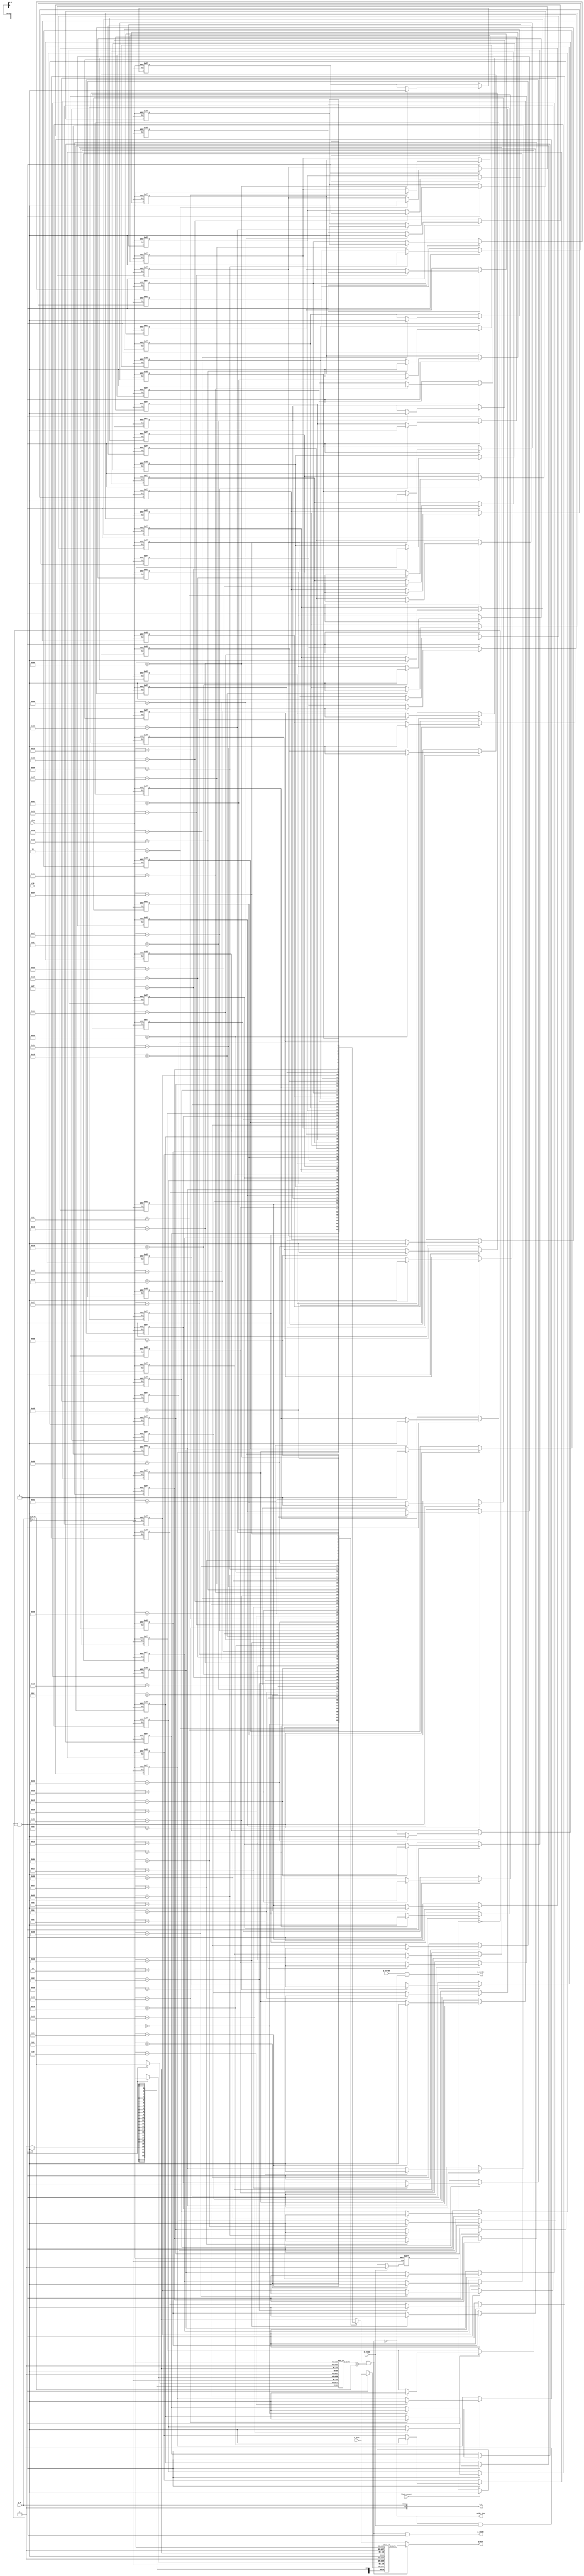
module i_cache #(parameter A_WIDTH = 32, parameter C_INDEX = 6)
(
    input [A_WIDTH-1:0] p_a,
    output [31:0] p_din,
    input p_strobe,
    output p_ready,
    output cache_miss,
    input flush_except,
    input clk,clrn,

    output [A_WIDTH:0] m_a,
    input [31:0] m_dout,
    output m_strobe,
    input m_ready
);
localparam T_WIDTH = A_WIDTH - C_INDEX - 2;

reg d_valid[0: (1<<C_INDEX)-1];
reg [T_WIDTH-1:0] d_tags[0: (1<<C_INDEX)-1];
reg [31:0] d_data[0:(1<<C_INDEX)-1];
wire [C_INDEX-1:0] index = p_a[C_INDEX+1:2];
wire [T_WIDTH-1:0] tag = p_a[A_WIDTH-1: C_INDEX+2];
reg keep_flush;

//write to cache
integer i;
always@(posedge clk or negedge clrn)
    if(clrn == 0 ) begin
        for(i = 0; i < (1<<C_INDEX); i=i+1)
            d_valid[i]<=1'b0;
    end else if(c_write & ~keep_flush)
        d_valid[index] <= 1'b1;
        
always@(posedge clk)
    if(c_write & ~keep_flush) begin
        d_tags[index] <= tag;
        d_data[index] <= c_din;
    end

//让例外信号一直持续到指令读出来，立即读下一条指令
always @(posedge clk or negedge clrn) begin
        if (~clrn)
            keep_flush <= 1'b0;
        else if(m_ready)
            keep_flush <= 1'b0;
        else if (flush_except)
            keep_flush <= 1'b1;
    end

//read from cache
wire valid = d_valid[index];
wire [T_WIDTH-1:0] tagout = d_tags[index];
wire [31:0] c_dout = d_data[index];
//cache control
wire cache_hit = valid & (tagout == tag);//hit
assign cache_miss = ~cache_hit;
assign m_a = p_a;
assign m_strobe = p_strobe & cache_miss;//read on miss
assign p_ready = cache_hit | cache_miss & m_ready & ~keep_flush;
wire c_write = cache_miss & m_ready;
wire sel_out = cache_hit;
wire [31:0] c_din = m_dout;
assign p_din = sel_out ? c_dout : m_dout;

endmodule